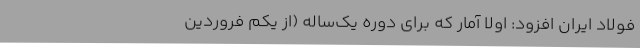
فولاد ایران افزود: اولاً آمار که برای دوره یک‌ساله (از یکم فروردین